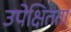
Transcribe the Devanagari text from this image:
उपेक्षितता